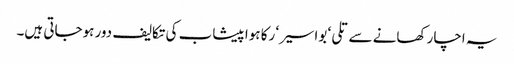
یہ اچار کھانے سے تلی‘ بواسیر‘ رکا ہوا پیشاب کی تکالیف دور ہوجاتی ہیں۔